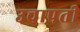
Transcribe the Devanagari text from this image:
उचापती